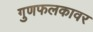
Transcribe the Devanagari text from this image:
गुणफलकावर